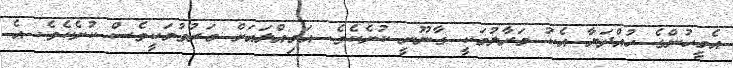
އެމީހުންގެ ހުއްދަޔާ އެކު މަރާލުމަކީ ގާނޫނީ ކުށެކެވެ. އަމިއްލައަށް މަރުވުމަކީވެސް ކުށެކެވެ. އެ